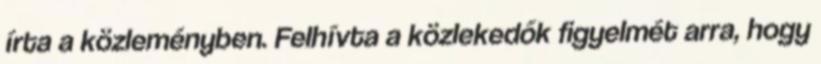
írta a közleményben. Felhívta a közlekedők figyelmét arra, hogy